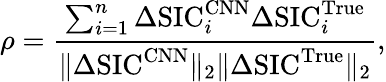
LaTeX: \rho=\frac{\sum_{i=1}^{n}\Delta\mathrm{SIC}_{i}^{\mathrm{CNN}}\Delta\mathrm{SIC}_{i}^{\mathrm{True}}}{\Vert\Delta\mathrm{SIC}^{\mathrm{CNN}}\Vert_{2}\Vert\Delta\mathrm{SIC}^{\mathrm{True}}\Vert_{2}},